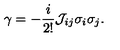
{ \gamma } = - \frac { i } { 2 ! } { \cal J } _ { i j } { \sigma } _ { i } { \sigma } _ { j } .